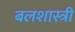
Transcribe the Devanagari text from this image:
बलशास्त्री